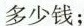
多少钱；